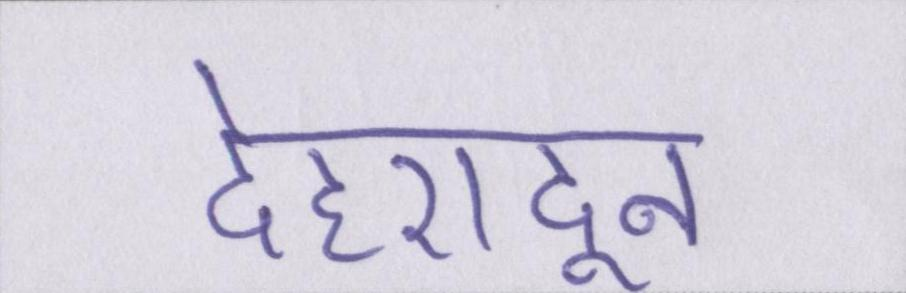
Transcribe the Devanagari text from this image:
देहरादून